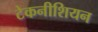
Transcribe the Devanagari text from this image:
टेकनीशियन